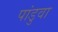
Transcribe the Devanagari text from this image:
पांडुवा